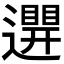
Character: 𨘊